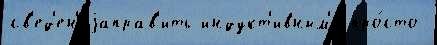
св'ед'ен'иjаправ'ить индукт'ивным'и про́сто